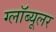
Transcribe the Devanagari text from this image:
ग्लॉब्यूलर